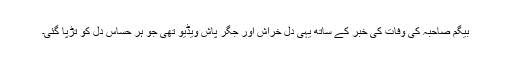
بیگم صاحبہ کی وفات کی خبر کے ساتھ یہی دل خراش اور جگر پاش ویڈیو تھی جو ہر حساس دل کو تڑپا گئی۔